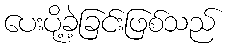
ပေးပို့ခဲ့ခြင်းဖြစ်သည်